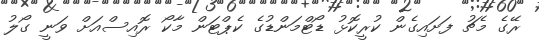
ރޭގެ މެޗު ފަށައިގެން ކުރީކޮޅު ޑޯޓްމަންޑުގެ ކެޕްޓަން މާކޯ ރޮއިސްއަށް ވަނީ ގޯލު